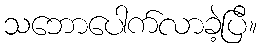
သဘောပေါက်လာခဲ့ပြီ။